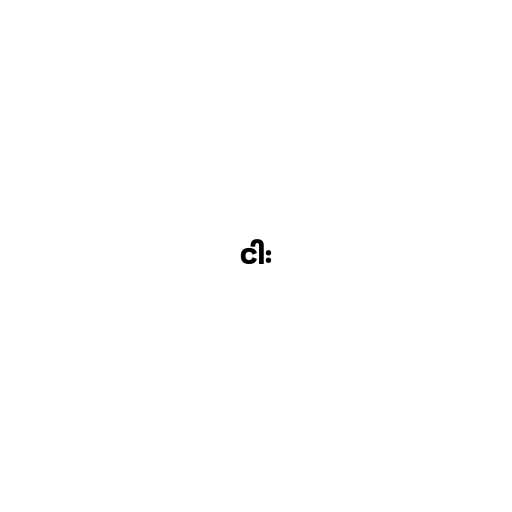
ငါး